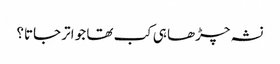
نشہ چڑھا ہی کب تھا جو اتر جاتا؟